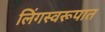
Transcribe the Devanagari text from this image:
लिंगस्वरूपात